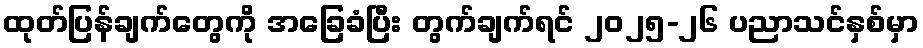
ထုတ်ပြန်ချက်တွေကို အခြေခံပြီး တွက်ချက်ရင် ၂၀၂၅-၂၆ ပညာသင်နှစ်မှာ